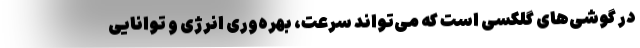
در گوشی‌های گلکسی است که می‌تواند سرعت، بهره‌وری انرژی و توانایی